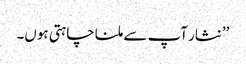
’’نثار آپ سے ملنا چاہتی ہوں۔